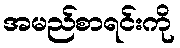
အမည်စာရင်းကို